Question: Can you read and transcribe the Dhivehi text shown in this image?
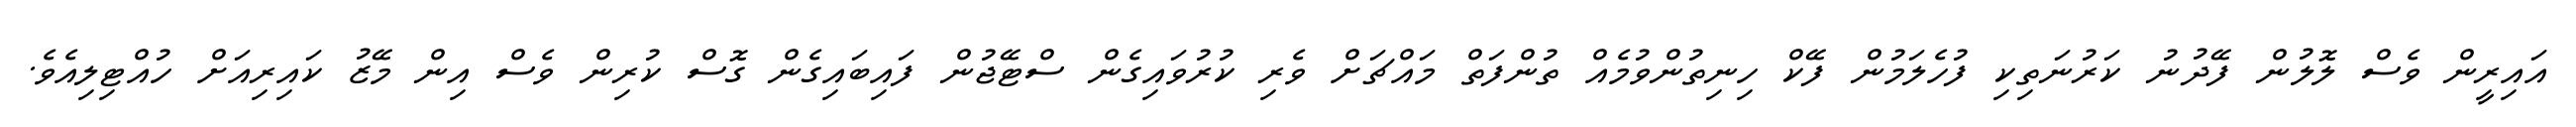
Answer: އައިރީން ވެސް ލޮލުން ފޭދުނު ކަރުނަތިކި ފުހެލަމުން ފޭކް ހިނިތުންވުމެއް ތުންފަތް މައްޗަށް ވެރި ކުރުވައިގެން ސްޓޭޖުން ފައިބައިގެން ގޮސް ކުރިން ވެސް އިން މޭޒު ކައިރިއަށް ހުއްޓިލިއެވެ.